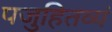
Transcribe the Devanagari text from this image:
पजुहितव्यं